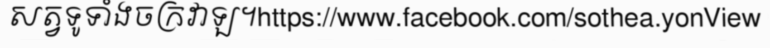
សត្វទូទាំងចក្រវាឡ។https://www.facebook.com/sothea.yonView